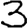
Digit: 3